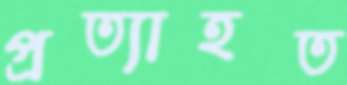
প্রত্যাহত